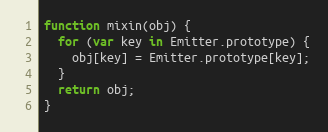
Language: JavaScript
function mixin(obj) {
  for (var key in Emitter.prototype) {
    obj[key] = Emitter.prototype[key];
  }
  return obj;
}